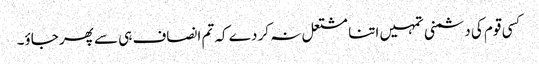
کسی قوم کی دشمنی تمہیں اتنا مشتعل نہ کر دے کہ تم انصاف ہی سے پھر جاؤ۔